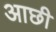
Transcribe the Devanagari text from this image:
आछी